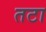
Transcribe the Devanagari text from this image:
तटा